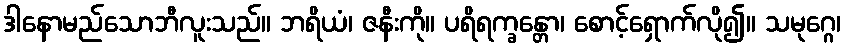
ဒါနောမည်သောဘီလူးသည်။ ဘရိယံ၊ ဇနီးကို။ ပရိရက္ခန္တော၊ စောင့်ရှောက်လို၍။ သမုဂ္ဂေ၊